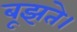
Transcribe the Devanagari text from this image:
बूझते।